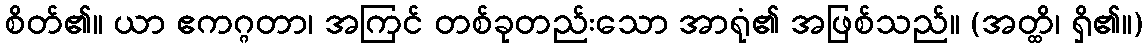
စိတ်၏။ ယာ ဧကဂ္ဂတာ၊ အကြင် တစ်ခုတည်းသော အာရုံ၏ အဖြစ်သည်။ (အတ္ထိ၊ ရှိ၏။)